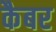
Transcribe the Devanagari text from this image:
कैबर